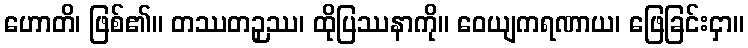
ဟောတိ၊ ဖြစ်၏။ တဿတဉှဿ၊ ထိုပြဿနာကို။ ဝေယျကရဏာယ၊ ဖြေခြင်းငှာ။